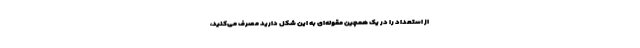
از استعداد را در یک همچین مقوله‌ای به این شکل دارید مصرف می‌کنید،